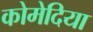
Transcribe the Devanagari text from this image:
कोमेदिया